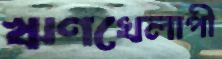
ঋণখেলাপী